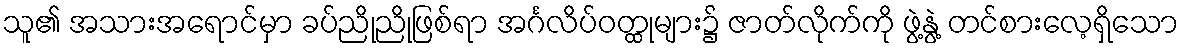
သူ၏ အသားအရောင်မှာ ခပ်ညိုညိုဖြစ်ရာ အင်္ဂလိပ်ဝတ္ထုများ၌ ဇာတ်လိုက်ကို ဖွဲ့နွဲ့ တင်စားလေ့ရှိသော